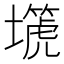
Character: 𡒞